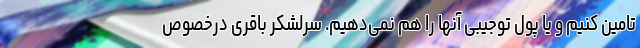
تامین کنیم و یا پول توجیبی آنها را هم نمی‌دهیم. سرلشکر باقری درخصوص